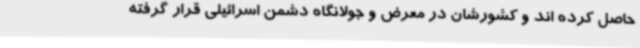
حاصل کرده اند و کشورشان در معرض و جولانگاه دشمن اسرائیلی قرار گرفته